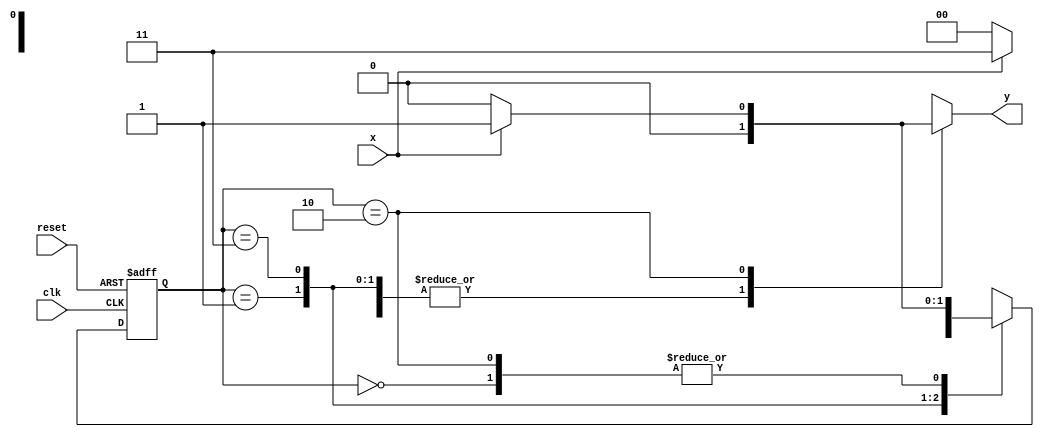
// --Nome: Milton costa teles da silva
// --Matricula: 002751 
// --- Mealy FSM 
// -------------- 
/* 
Mealy FSM Diagram 
__________________ 
/ \ 
1 v 1 0 1 | // found 
[start] ---> [id1] ---> [id11] ---> [id110] 
^ \0 0 | 1 / ^ 0 | // not found 
\_/ / \__/ | 
\_______/ / 
\ / 
\______________________/ 
*/ 
// constant definitions 
`define found 1 
`define notfound 0 
// FSM by Mealy 
module mealy1101 ( y, x, clk, reset ); 
  output y; 
  input x; 
  input clk; 
  input reset; 
  reg y; 
parameter // state identifiers 
  start = 2'b00, 
  id1 = 2'b01, 
  id11 = 2'b11, 
  id110 = 2'b10; 
  reg [1:0] E1; // current state variables 
  reg [1:0] E2; // next state logic output 
// next state logic 
   always @( x or E1 ) 
   begin 
    y = `notfound; 
    case ( E1 ) 
    start: 
    if ( x ) 
    E2 = id1; 
    else 
    E2 = start; 
    id1: 
    if ( x ) 
    E2 = id11; 
    else 
    E2 = start; 
    id11: 
    if ( x ) 
    E2 = id11; 
    else 
    E2 = id110; 
    id110: 
    if ( x ) 
   begin 
    E2 = id1; 
    y = `found; 
 end 
   else 
   begin  
     E2 = start; 
     y = `notfound; 
end 
  default: // undefined state 
  E2 = 2'bxx; 
endcase 
end // always at signal or state changing 
// state variables 
always @( posedge clk or negedge reset ) 
   begin 
    if ( reset ) 
    E1 = E2; // updates current state  
    else 
    E1 = 0; // reset 
end // always at signal changing 
endmodule // mealy1101